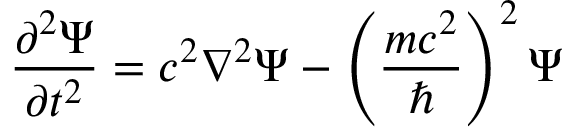
{ \frac { \partial ^ { 2 } \Psi } { \partial t ^ { 2 } } } = c ^ { 2 } \nabla ^ { 2 } \Psi - \left( { \frac { m c ^ { 2 } } { \hbar } } \right) ^ { 2 } \Psi \,